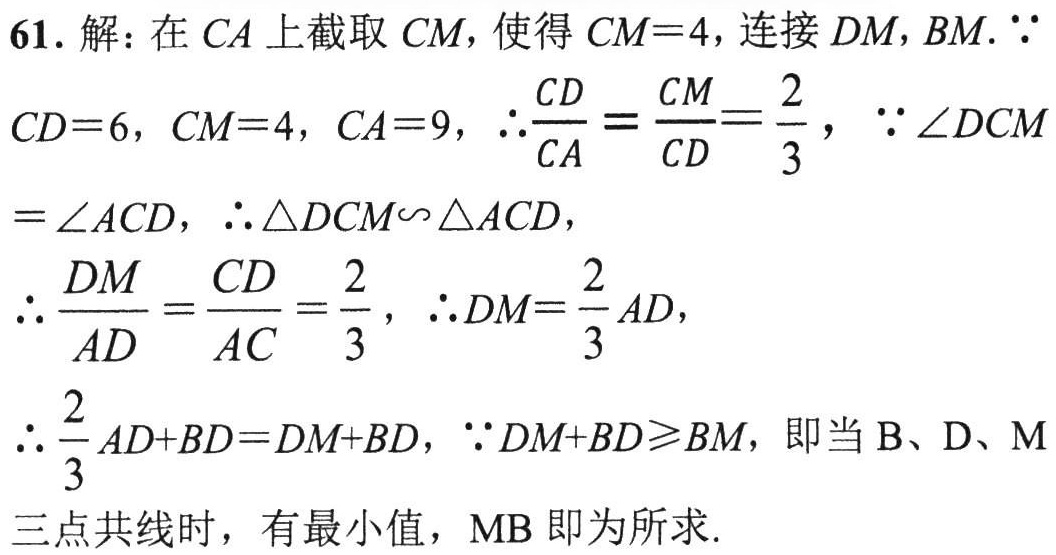
61. 解：在 \(CA\) 上截取 \(CM\)，使得 \(CM = 4\)，连接 \(DM, BM\). \(\because\)
\(CD = 6\)，\(CM = 4\)，\(CA = 9\)，\(\therefore\frac{CD}{CA}=\frac{CM}{CD}=\frac{2}{3}\)，\(\because\angle DCM\)
\(=\angle ACD\)，\(\therefore\triangle DCM\sim\triangle ACD\)，
\(\therefore\frac{DM}{AD}=\frac{CD}{AC}=\frac{2}{3}\)，\(\therefore DM=\frac{2}{3}AD\)，
\(\therefore\frac{2}{3}AD + BD=DM + BD\)，\(\because DM + BD\geqslant BM\)，即当 \(B、D、M\)
三点共线时，有最小值，\(MB\) 即为所求.